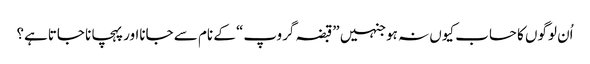
اُن لوگوں کا حساب کیوں نہ ہوجنہیں ”قبضہ گروپ“ کے نام سے جانااور پہچانا جاتاہے؟